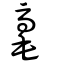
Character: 毫